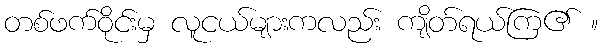
တစ်ဖက်ဝိုင်းမှ လူငယ်များကလည်း ကျိတ်ရယ်ကြ၏ ။